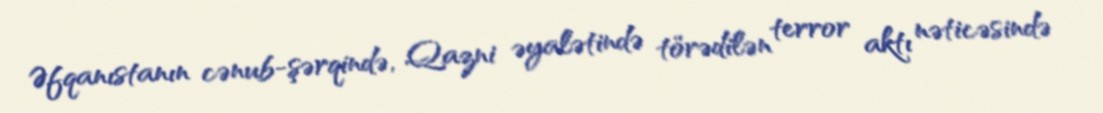
Əfqanıstanın cənub-şərqində, Qazni əyalətində törədilən terror aktı nəticəsində